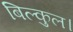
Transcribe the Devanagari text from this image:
बिल्कुल।